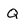
Character: Q